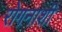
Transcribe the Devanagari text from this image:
रोगनाशी